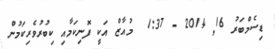
ޑިސެމްބަރު 16